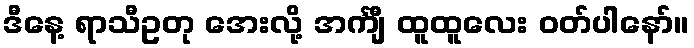
ဒီနေ့ ရာသီဥတု အေးလို့ အင်္ကျီ ထူထူလေး ဝတ်ပါနော်။